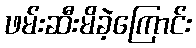
ဖမ်းဆီးမိခဲ့ကြောင်း